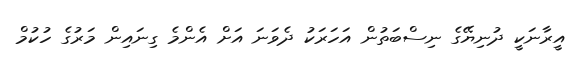
އީރާނަކީ ދުނިޔޭގެ ނިސްބަތުން އަހަރަކު ދެވަނަ އަށް އެންމެ ގިނައިން މަރުގެ ހުކުމް